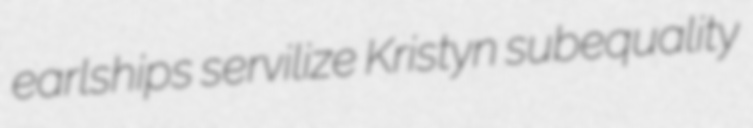
earlships servilize Kristyn subequality